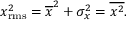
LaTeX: x _ { \mathrm { r m s } } ^ { 2 } = { \overline { { x } } } ^ { 2 } + \sigma _ { x } ^ { 2 } = { \overline { { x ^ { 2 } } } } .